Annual report on the health of the army in India
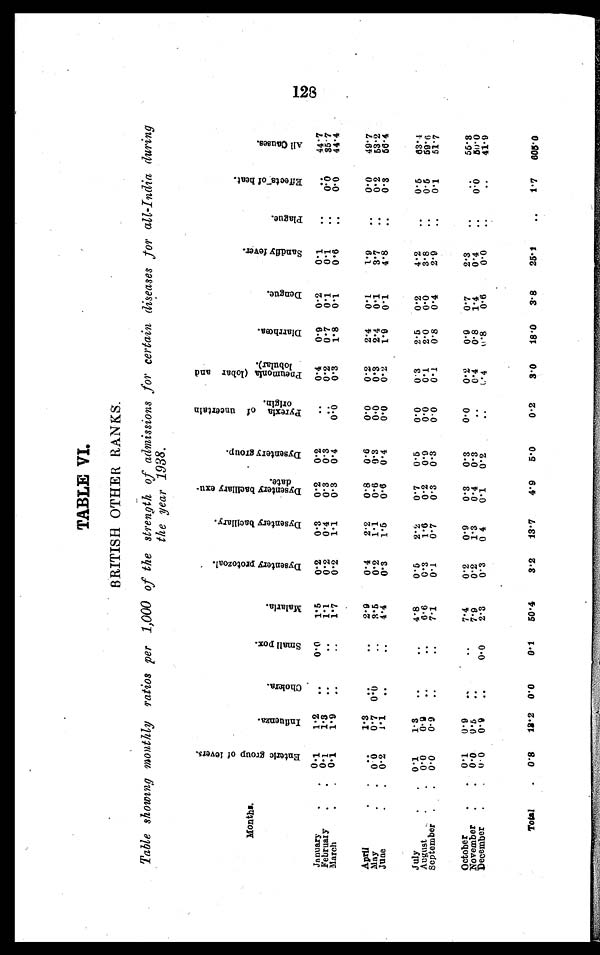
TABLE VI.
BRITISH OTHER RANKS.
Table showing monthly ratios per 1,000 of the strength of admissions for certain diseases for all-India during
the year 1938.
Months.
E n t e r i c g r o u p o f f e v e r s .
I n f l u e n z a .
C h o l e r a .
S m a l l p o x .
M a l a r i a .
D y s e n t e r y p r o t o z o a l .
D y s e n t e r y b a c i l l a r y .
D y s e n t e r y b a c i l l a r y e x u - d a t e .
D y s e n t e r y g r o u p .
P y r e x i a o f u n c e r t a i n o r i g i n .
P n e u m o n i a ( l o b a r a n d l o b u l a r ) .
D i a r r h œ a .
D e n g u e .
S a n d f l y f e v e r .
P l a g u e .
E f f e c t s o f h e a t .
A l l c a u s e s .
January
. . .
0. 1
1.2
. . .
0.0
1.5
0.2
0.3
0.2
0.2
. . .
0.4
0.9
0.2
0 . 1
. . .
. . .
44.7
February. . .
0. 1
1.3
. . .
. . .
1.1
0.2
0.4
0.3
0.3
. . .
0.2
0.7
0.1
0.1
. . .
0.0
35.7
March
. . .
0 . 1.
1.9
. . .
. . .
1.7
0.2
1.1
0.3
0.4
0 . 0
0.3
1.8
0.1
0.6
. . .
0.0
44.4
April . . .
. . .
1.3
. . .
. . .
2.9
0.4
2.2
0.8
0.6
0 . 0
0.2
2.4
0.1
1.9
. . .
0.0
49.7
May
. . .
0 . 0
0.7 0.0
. . .
3.5
0.2
1.1
0.6
0 . 3
0.0
0.3
2.4
0.1
3.7
. . .
0.2
53.2
June
. . .
0.2
1.1
. . .
. . .
4.4
0.3
1.5
0.6
0.4
0.0
0.2
1.9
0.1
4.8
. . .
0.3
56.4
July
. . .
0.1
1.3
. . .
. . .
4.8
0.5
2 . 2
0.7
0.5
0.0
0.3
2.5
0.2
4.2
0.6
63.4
August . . .
0 . 0
0.9
. . .
. . .
6.6
0.3
1.6
0.2
0.9
0. 0
0.1
2.0
0.0
3.8
. . .
0.5
59.6
September
. . .
0 . 0
0.9
. . .
. . .
7.1
0.1
0.7
0.3
0.3
0.0
0.1
0.8
0.4
2.9
. . .
0.1
51.7
October
. . .
0.1
0.9
. . . . . .
7.4
0.2
0.9
0.3
0.3
0.0
0.2
0.9
0.7
2.3
. . .
. . .
55.3
November
. . .
0.0
0.5
. . .
7.9
0.2
1.3
0.4
0.3
. . .
0.4
0.8
1.4
0.4
. . .
0 . 0
5 0 . 0
December
. . .
0. 0
0.9
. . .
0.0
2.3
0.3
0. 4
0.1
0.2
. . .
0.4
0.8
0.6
0.0
. . .
. . .
41.9
Total
. 0.8
13.2
0.0
0.1
50.4
3.2
13.7
4.9
5.0
0.2
3.0
18.0
3.8
25.1
. . .
1.7
605.0
128